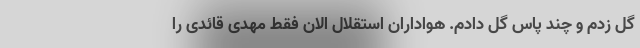
گل زدم و چند پاس گل دادم. هواداران استقلال الان فقط مهدی قائدی را